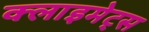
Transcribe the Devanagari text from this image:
क्लाइमेट्स